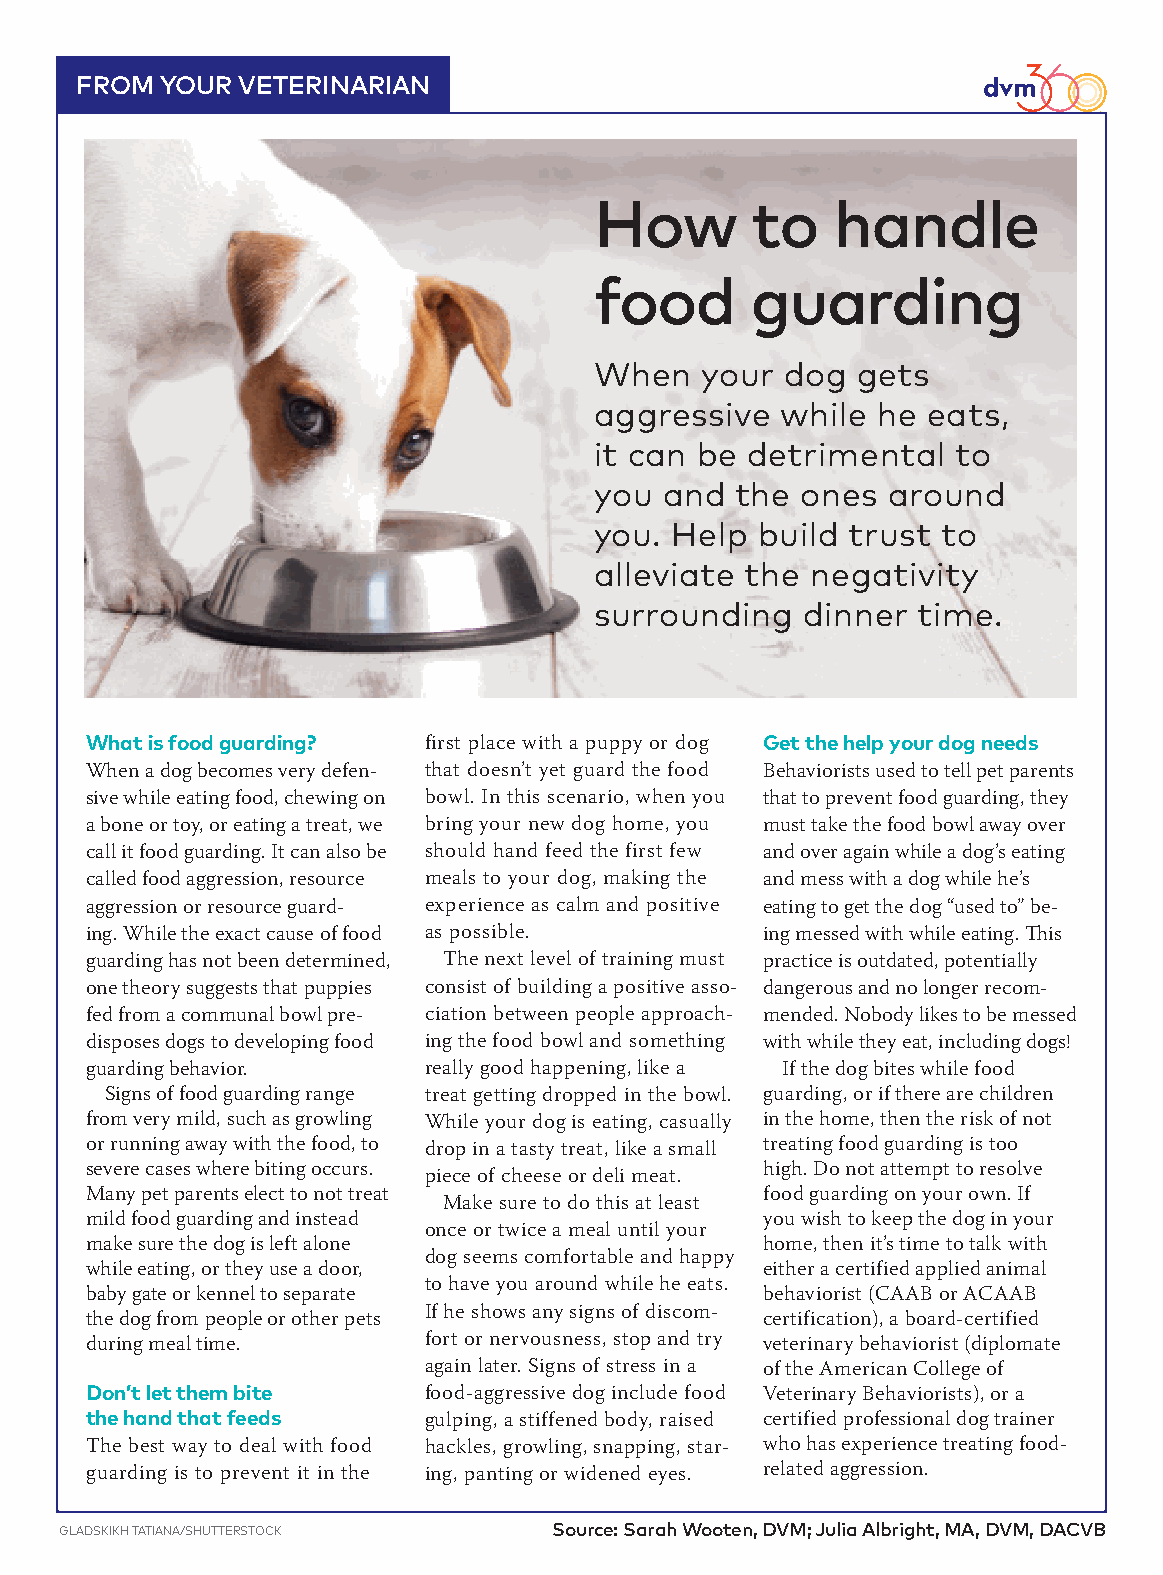
FROM  YOUR VETERINARIAN
 How        to   handle
 food       guarding
 When   your  dog  gets
 aggressive   while he eats,
 it can be detrimental   to
 you  and  the ones  around
 you. Help  build trust to
 alleviate the  negativity
 surrounding   dinner  time.
 What is food guarding? first place with a puppy or dog Get the help your dog needs
 When a dog becomes very defen- that doesn’t yet guard the food Behaviorists used to tell pet parents
 sive while eating food, chewing on bowl. In this scenario, when you that to prevent food guarding, they
 a bone or toy, or eating a treat, we bring your new dog home, you must take the food bowl away over
 call it food guarding. It can also be should hand feed the first few and over again while a dog’s eating
 called food aggression, resource meals to your dog, making the and mess with a dog while he’s
 aggression or resource guard- experience as calm and positive eating to get the dog “used to” be-
 ing. While the exact cause of food as possible. ing messed with while eating. This
 guarding has not been determined, The next level of training must practice is outdated, potentially
 one theory suggests that puppies consist of building a positive asso- dangerous and no longer recom-
 fed from a communal bowl pre- ciation between people approach- mended. Nobody likes to be messed
 disposes dogs to developing food ing the food bowl and something with while they eat, including dogs!
 guarding behavior.    really good happening, like a If the dog bites while food
 Signs of food guarding range treat getting dropped in the bowl. guarding, or if there are children
 from very mild, such as growling While your dog is eating, casually in the home, then the risk of not
 or running away with the food, to drop in a tasty treat, like a small treating food guarding is too
 severe cases where biting occurs.            high. Do not attempt to resolve
 piece of cheese or deli meat.
 Many pet parents elect to not treat          food guarding on your own. If
 Make sure to do this at least
 mild food guarding and instead               you wish to keep the dog in your
 once or twice a meal until your
 make sure the dog is left alone              home, then it’s time to talk with
 dog seems comfortable and happy
 while eating, or they use a door,            either a certified applied animal
 to have you around while he eats.
 baby gate or kennel to separate              behaviorist (CAAB or ACAAB
 If he shows any signs of discom-
 the dog from people or other pets            certification), a board-certified
 during meal time.     fort or nervousness, stop and try veterinary behaviorist (diplomate
 again later. Signs of stress in a of the American College of
 Don’t let them bite   food-aggressive dog include food Veterinary Behaviorists), or a
 the hand that feeds   gulping, a stiffened body, raised certified professional dog trainer
 The best way to deal with food hackles, growling, snapping, star- who has experience treating food-
 guarding is to prevent it in the ing, panting or widened eyes. related aggression.
 GLADSKIKH TATIANA/SHUTTERSTOCK   Source: Sarah Wooten, DVM; Julia Albright, MA, DVM, DACVB